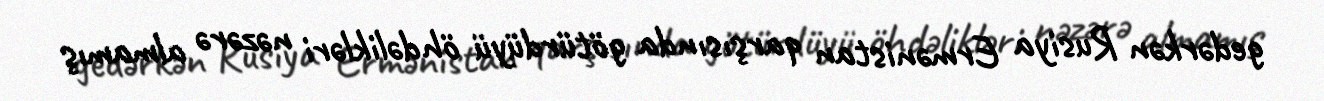
gedərkən Rusiya Ermənistan qarşısında götürdüyü öhdəlikləri nəzərə almamış